Subject: math
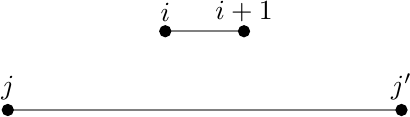
LaTeX code:
\begin{tikzpicture}
\draw[gray, thick] (-15,-1) -- (-16,-1);
\draw[gray, thick] (-13,-2) -- (-18,-2);
\filldraw[black] (-15,-1) circle (2pt) node[anchor=south] {$i+1$};
\filldraw[black] (-16,-1) circle (2pt) node[anchor=south] {$i$};
\filldraw[black] (-13,-2) circle (2pt) node[anchor=south] {$j'$};
\filldraw[black] (-18,-2) circle (2pt) node[anchor=south] {$j$};
\end{tikzpicture}